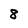
Character: 8